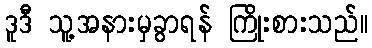
ဒူဒီ သူ့အနားမှခွာရန် ကြိုးစားသည်။